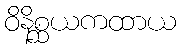
ဝိနိစ္ဆယကထာယ